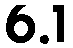
6.1